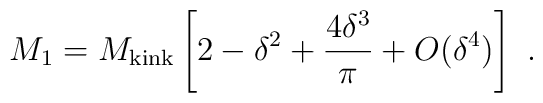
M_1 = M_{\rm kink} \left[2 -\delta^2 + {4 \delta^3 \over \pi}          + O(\delta^4)\right] \,\, .